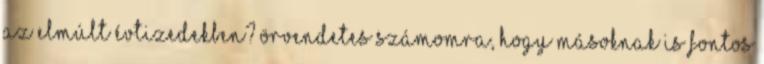
az elmúlt évtizedekben? Örvendetes számomra, hogy másoknak is fontos